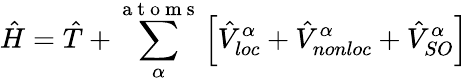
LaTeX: \hat{H}=\hat{T}+\sum_{\alpha}^{\mathrm{~a~t~o~m~s~}}\left[\hat{V}_{loc}^{\alpha}+\hat{V}_{nonloc}^{\alpha}+\hat{V}_{SO}^{\alpha}\right]